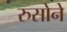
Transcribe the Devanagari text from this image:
रुसोने